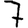
Digit: 7